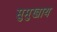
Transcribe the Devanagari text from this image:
सुमुखाय